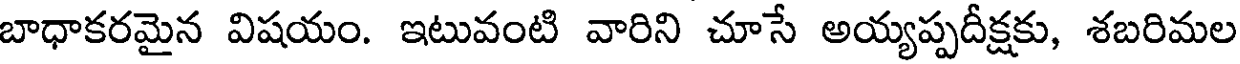
బాధాకరమైన విషయం. ఇటువంటి వారిని చూసే అయ్యప్పదీక్షకు, శబరిమల